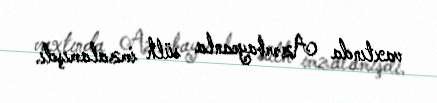
vaxtında Azərbaycanla sülh imzalamışdı.